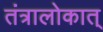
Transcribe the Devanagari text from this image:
तंत्रालोकात्